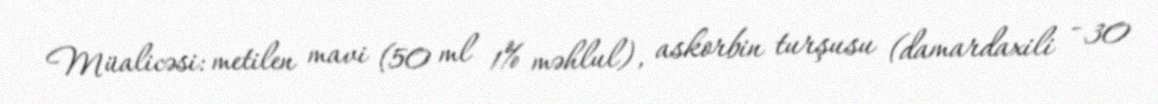
Müalicəsi: metilen mavi (50 ml 1% məhlul), askorbin turşusu (damardaxili - 30